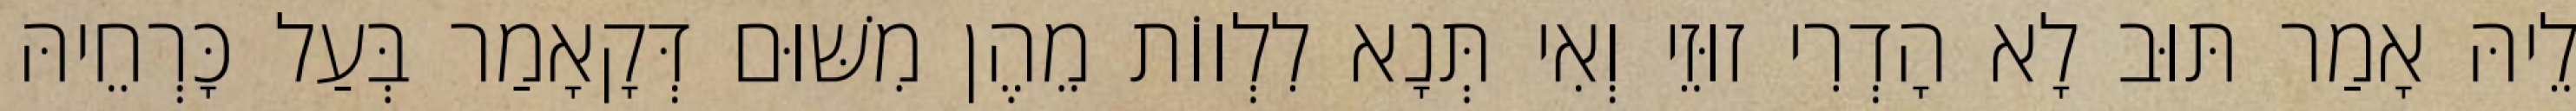
לֵיהּ אָמַר תּוּב לָא הָדְרִי זוּזֵי וְאִי תְּנָא לִלְווֹת מֵהֶן מִשּׁוּם דְּקָאָמַר בְּעַל כָּרְחֵיהּ